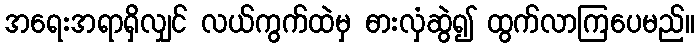
အရေးအရာရှိလျှင် လယ်ကွက်ထဲမှ ဓားလှံဆွဲ၍ ထွက်လာကြပေမည်။